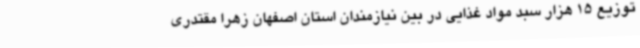
توزیع 15 هزار سبد مواد غذایی در بین نیازمندان استان اصفهان زهرا مقتدری